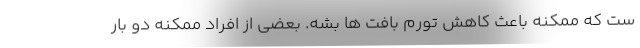
ست که ممکنه باعث کاهش تورم بافت ها بشه. بعضی از افراد ممکنه دو بار